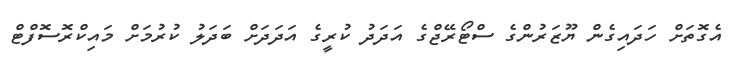
އެގޮތަށް ހަދައިގެން ޔޫޒަރުންގެ ސްޓޯރޭޖްގެ އަދަދު ކުރީގެ އަދަދަށް ބަދަލު ކުރުމަށް މައިކްރޮސޮފްޓް